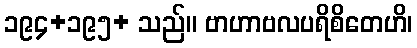
၁၉၄+၁၉၅+ သည်။ ဗာဟာဗလပရိစိတေဟိ၊